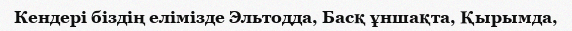
Кендері біздің елімізде Эльтодда, Басқ ұншақта, Қырымда,